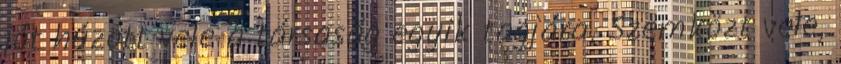
jót húzott vele a társaság egyik tagjára. Szemközt vele,